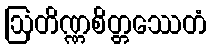
ဩတိဏ္ဏစိတ္တဿေတံ